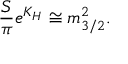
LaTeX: { \frac { \cal S } { \pi } } e ^ { K _ { H } } \cong m _ { 3 / 2 } ^ { 2 } .